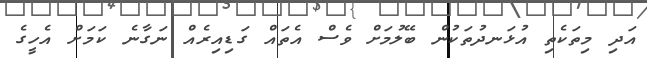
އަދި މިތަކެތި އުޅަނދުތަކުން ބޭލުމަށް ވެސް އެތައް ގަޑިއިރެއް ނަގާނެ ކަމަށް އެހީގެ